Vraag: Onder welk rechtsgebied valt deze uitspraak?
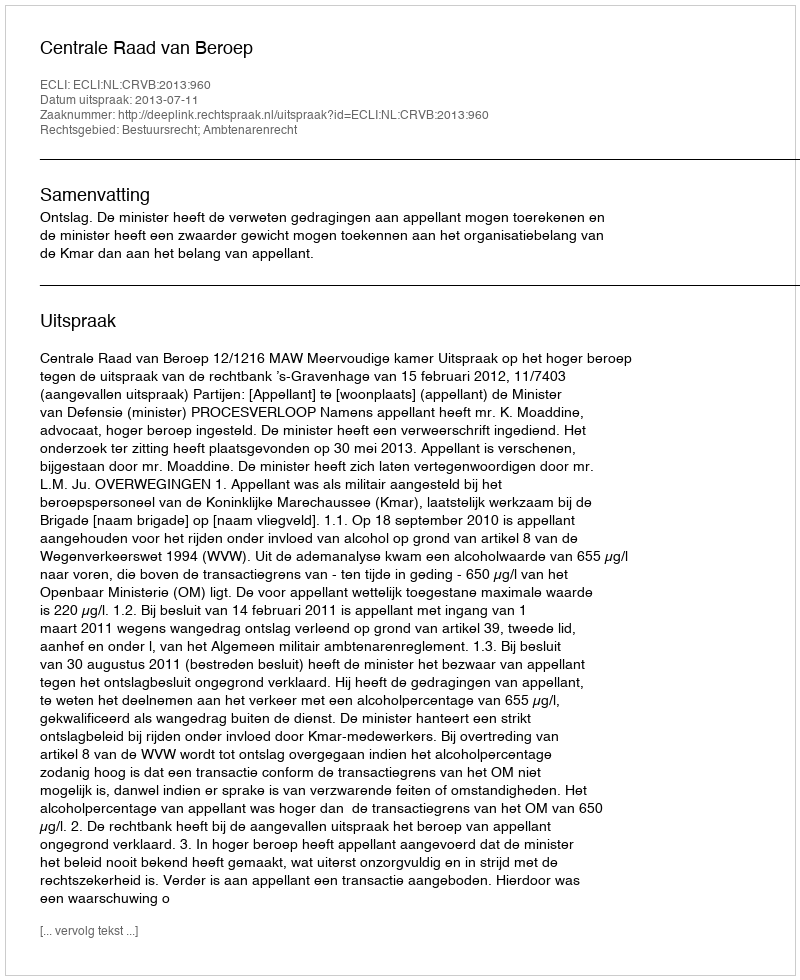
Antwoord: Bestuursrecht; Ambtenarenrecht